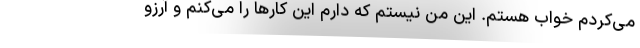
می‌کردم خواب هستم. این من نیستم که دارم این کار‌ها را می‌کنم و آرزو